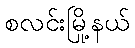
စလင်းမြို့နယ်